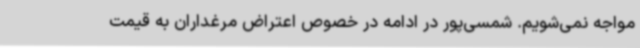
مواجه نمی‌شویم. شمسی‌پور در ادامه در خصوص اعتراض مرغداران به قیمت